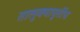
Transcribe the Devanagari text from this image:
तालुक्यापुर्तीच